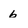
Character: 6